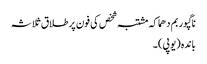
ناگپور بم دھماکہ مشتبہ شخص کی فون پر طلاق ثلاثہ
باندہ (یوپی) ۔